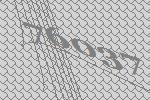
76037